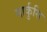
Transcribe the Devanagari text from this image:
मार्कुसि